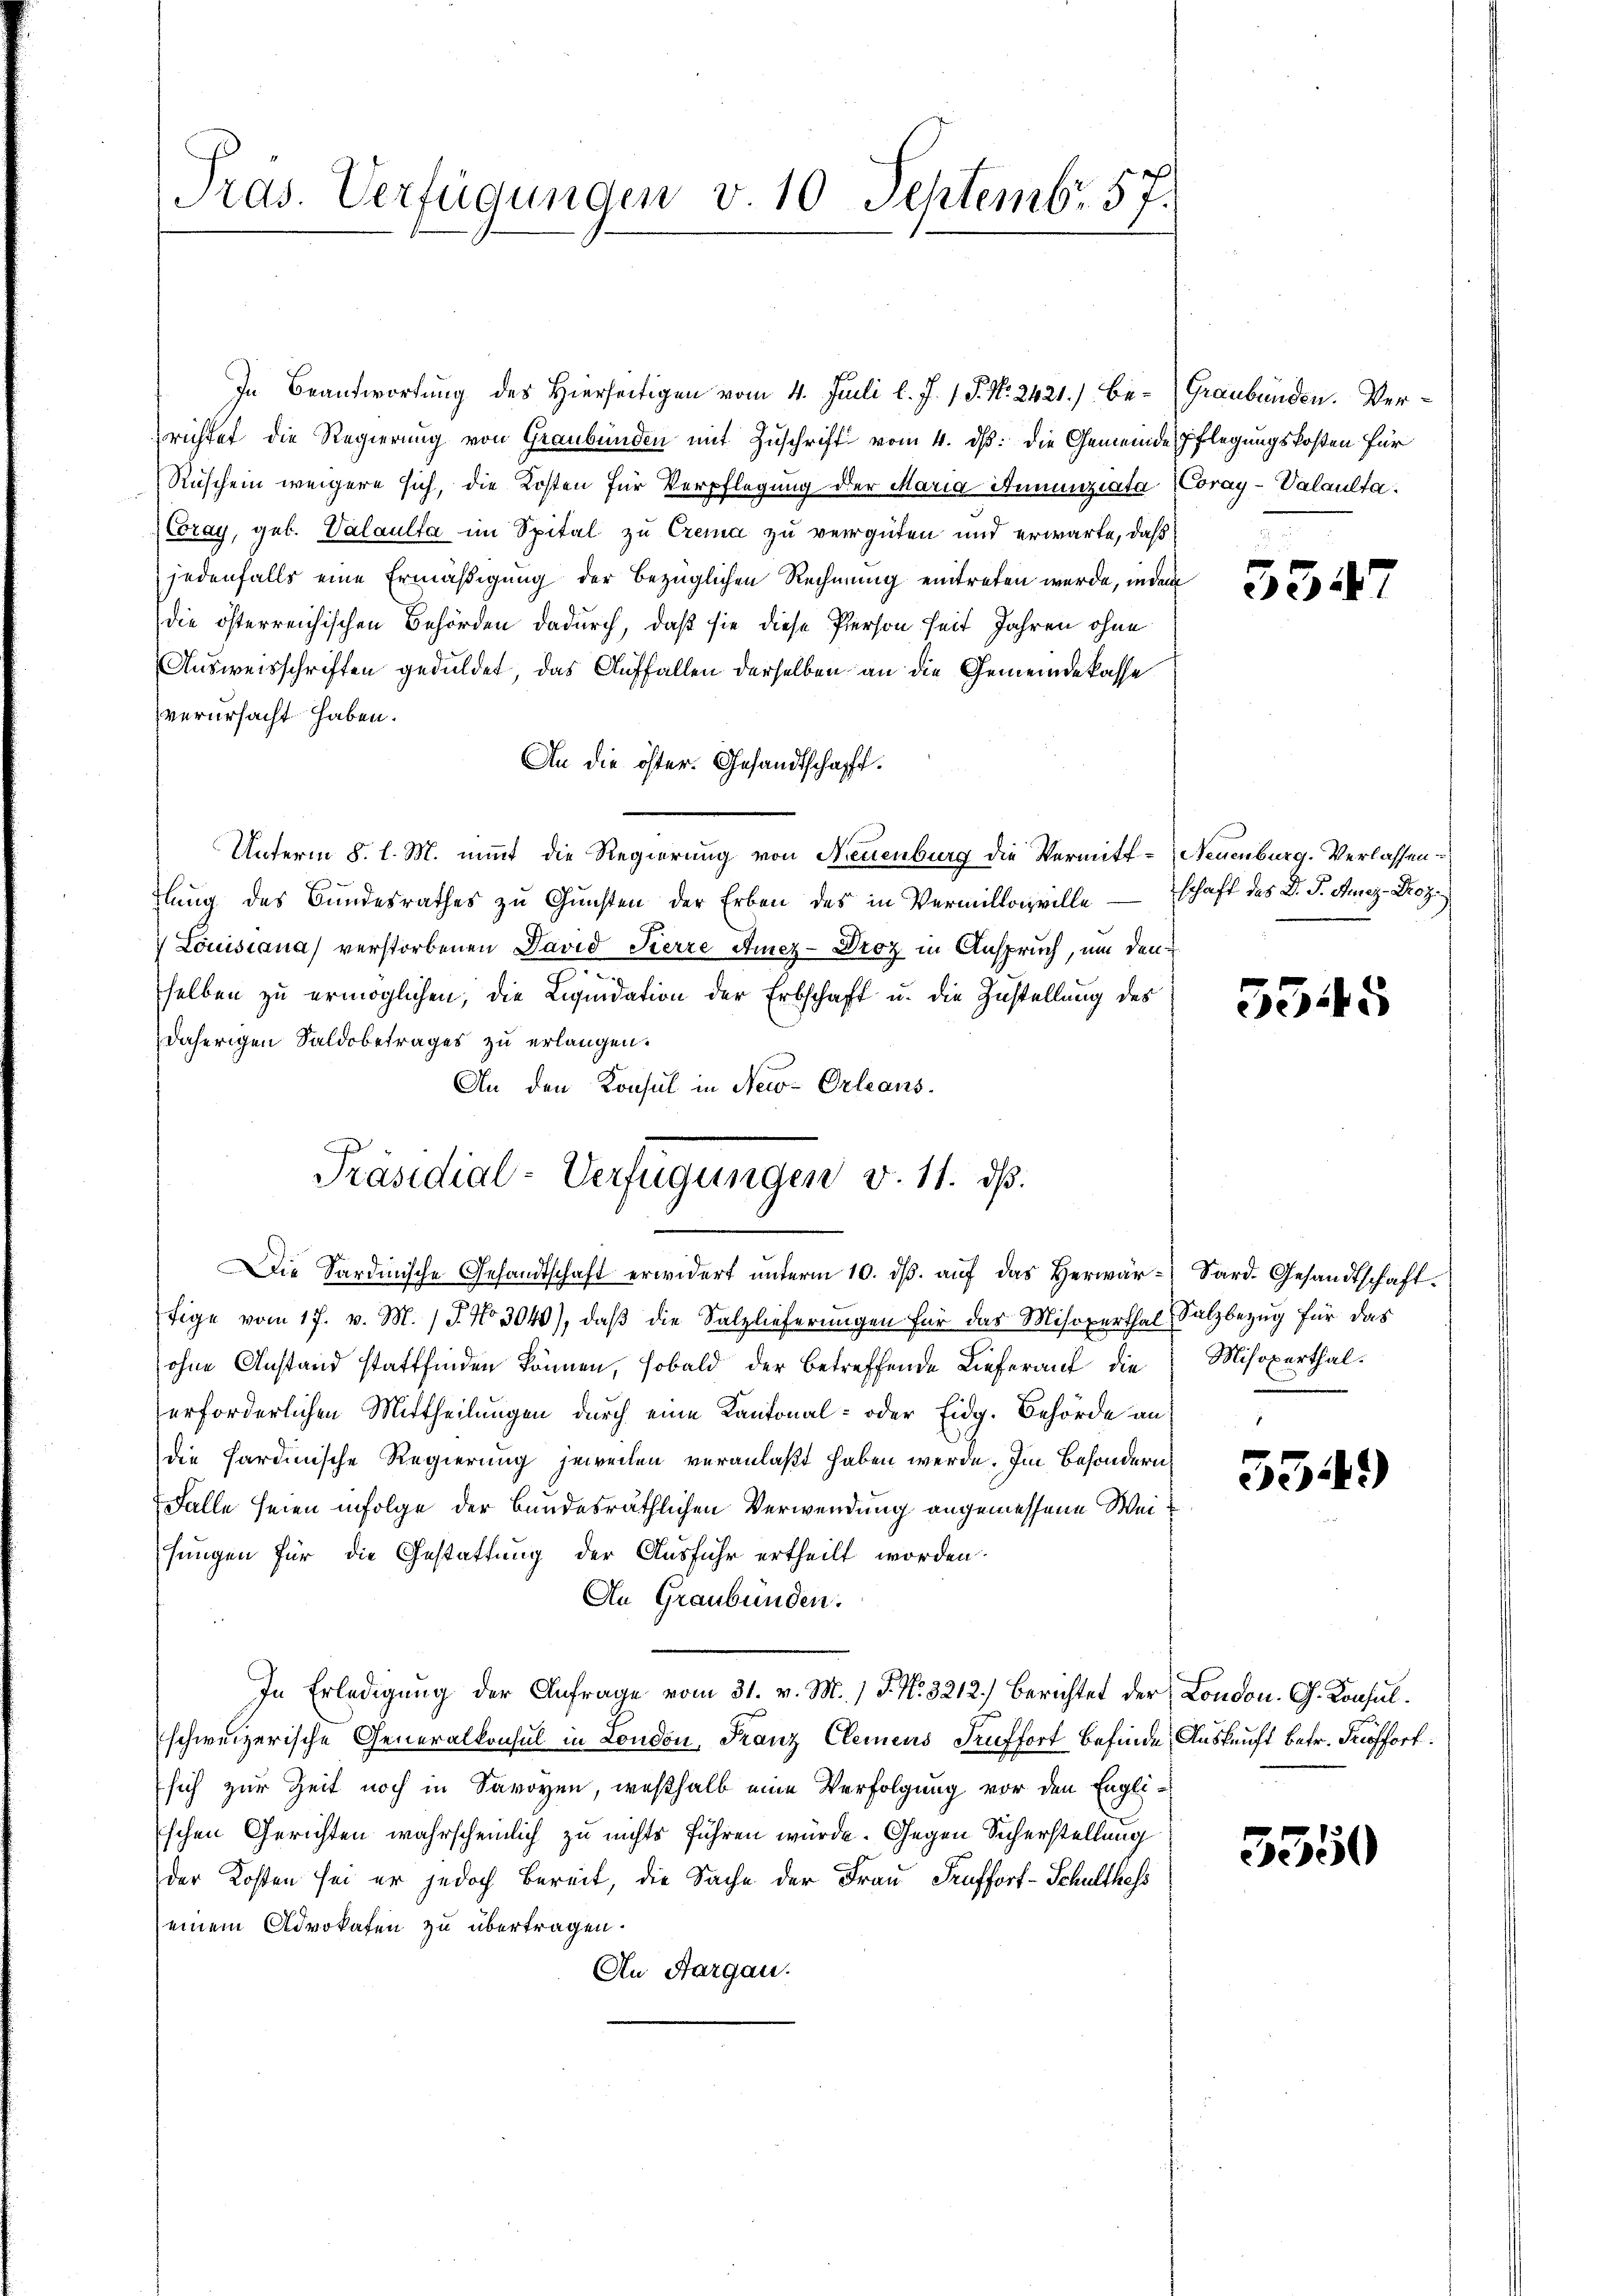
Pras. Verfügungen v. 10 Septemb. 57.

In Beantwortung des Hierseitigen vom 4. Juli l. J. J. P. Nr. 2421.) Berichtet die Regierung von Graubünden mit Zuschrift vom 4. ds. die Gemeinde
Ruschein weigere sich, die Kosten für Verpflegung der Maria Innunziata
Coray, geb. Valaulta im Spital zu Crema zu vergüten und erwarte, daß
jedenfalls eine Ermäßigung der bezüglichen Rechnung eintreten wurde, inder
die österreichischen Behörden dadurch, daß sie diese Person seit Jahren ohne
Ausweisschriften geduldet, das Auffallen derselben an die Gemeindekasse
verursacht haben.
An die öster. Gesandtschafft.
Unterm 8. l. M. nimmt die Regierung von Neuenburg die Vermittlung des Bundesrathes zu Gunsten der Erben des in Vermittag wille
 Louissana verstorbenen David Pierre Amez-Droz in Anspruch, um den
.
selben zŭ ermöglichen, die Liqŭidation der Erbschaft u. die Zustellung des
daherigen Saldobetrages zu erlangen.
An den Konsul in New-Orleans
Präsidial-Verfügungen v. 11. ds.
Die Sardinische Gesandtschaft erwidert ŭnterm 10. dβ aŭf das herwär- Sard. Gesandtschaft.
fige vom 17. v. M. P. Nr. 3040), daβ die Salzlieferungen für das Misoxerthal Salzbezug für das
ohne Anstand stattfinden können, sobald der betreffende Lieferauf die Misoperthalerforderlichen Mittheilungen durch eine Kantonal- oder Eidg. Behörde an
die hardinische Regierung jeweilen veranlaßt haben werde. Im Besondern,
Falle seien infolge der bundesräthlichen Verwendung angemessene Weisungen für die Gestattung der Ausfuhr ertheilt worden.
An Graubünden.
In Erledigung der Anfrage vom 31. v. M.) J. N. 3212.) Berichtet der London. G. Konsulschweizerische Generalkonsul in London, Franz Clemens Fruffort befinde Auskauft betr. Proffort
sich zur Zeit noch in Savoyen, weßhalb eine Verfolgung vor den Englischen Gerichten wahrscheinlich zu nichts führen würde. Gegen Sicherstellung
der Kosten sei er jedoch bereit, die Sache der Frau Prüffort-Schulthofs
einem Advokaten zu übertragen.
An Aargau.

Graubünden. Verpflegungskosten für
Coray-Valaulta

33.

Neuenburg. Verlassen.
schaft des Dr. S. Ausez Droz.

5545

5349)

5350